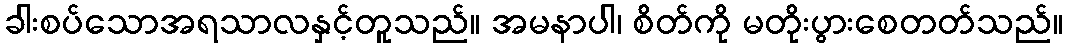
ခါးစပ်သောအရသာလနှင့်တူသည်။ အမနာပါ၊ စိတ်ကို မတိုးပွားစေတတ်သည်။